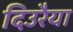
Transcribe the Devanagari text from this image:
दिउरैया